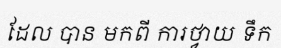
ដែល បាន មកពី ការថ្វាយ ទឹក